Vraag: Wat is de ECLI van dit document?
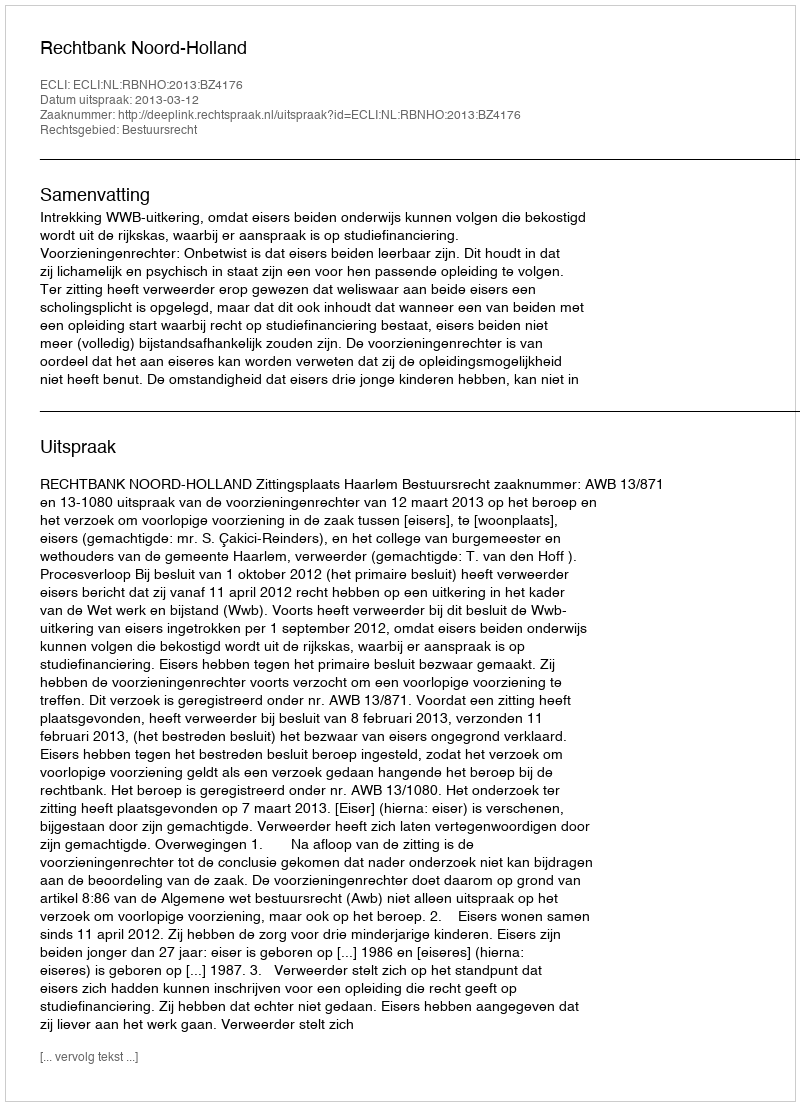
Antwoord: ECLI:NL:RBNHO:2013:BZ4176